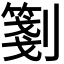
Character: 𠠀